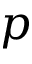
p